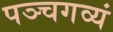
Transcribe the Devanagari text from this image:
पञ्चगव्यं